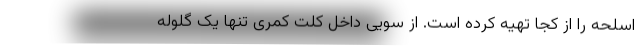
اسلحه را از کجا تهیه کرده است. از سویی داخل کلت کمری تنها یک گلوله